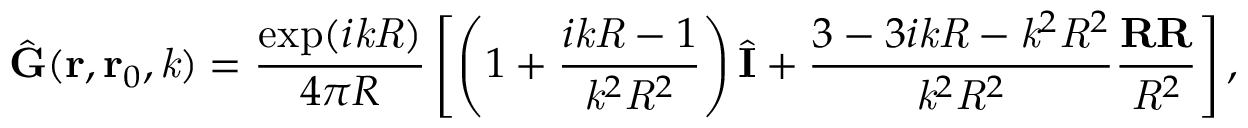
\hat { \mathbf { G } } ( \mathbf { r } , \mathbf { r } _ { 0 } , \mathit { k } ) = \frac { \exp ( i \mathit { k } \mathit { R } ) } { 4 \pi R } \left[ \left( 1 + \frac { i \mathit { k } \mathit { R } - 1 } { \mathit { k } ^ { 2 } \mathit { R } ^ { 2 } } \right) \hat { \mathbf { I } } + \frac { 3 - 3 i \mathit { k } \mathit { R } - \mathit { k } ^ { 2 } \mathit { R } ^ { 2 } } { \mathit { k } ^ { 2 } \mathit { R } ^ { 2 } } \frac { \mathbf { R } \mathbf { R } } { \mathit { R } ^ { 2 } } \right] ,